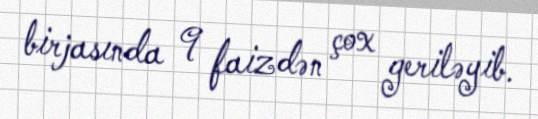
birjasında 9 faizdən çox geriləyib.